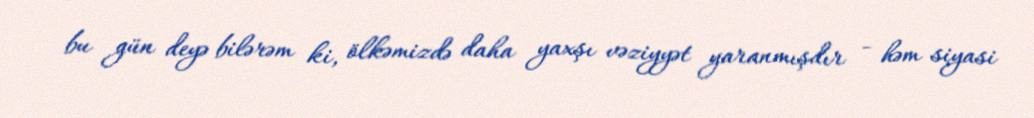
bu gün deyə bilərəm ki, ölkəmizdə daha yaxşı vəziyyət yaranmışdır - həm siyasi